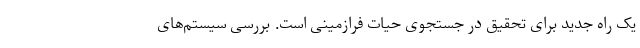
یک راه جدید برای تحقیق در جستجوی حیات فرازمینی است. بررسی سیستم‌های